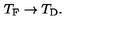
T _ { \mathrm { F } } \rightarrow T _ { \mathrm { D } } .